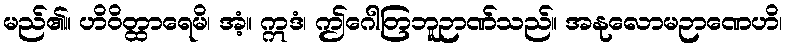
မည်၏။ ဟိဝိတ္ထာရေမိ၊ အံ့။ ဣဒံ၊ ဤဂေါတြဘူဉာဏ်သည်။ အနုလောမဉာဏေဟိ၊